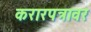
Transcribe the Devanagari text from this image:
करारपत्रावर